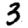
Digit: 3